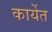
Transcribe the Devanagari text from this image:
कार्येत